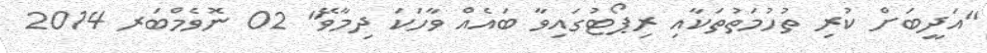
"އަދީބަށް ކުރި ތުހުމަތުތަކާއި ރިޕޯޓުގައިވާ ބައެއް ވާހަކަ ދިމާވޭ" 02 ނޮވެމްބަރ 2014